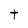
Character: t